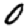
Digit: 0